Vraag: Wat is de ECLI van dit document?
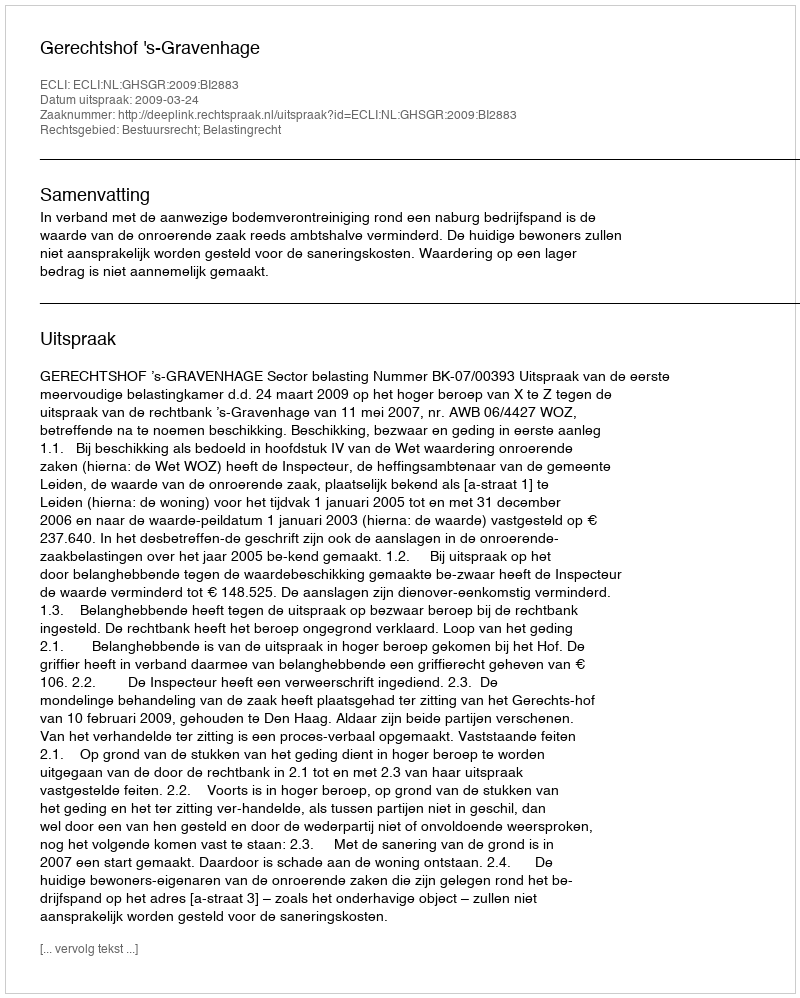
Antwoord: ECLI:NL:GHSGR:2009:BI2883